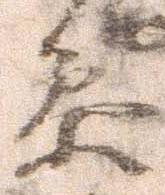
参